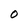
Character: O